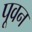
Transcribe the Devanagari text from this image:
पूवन